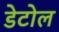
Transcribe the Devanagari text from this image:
डेटोल